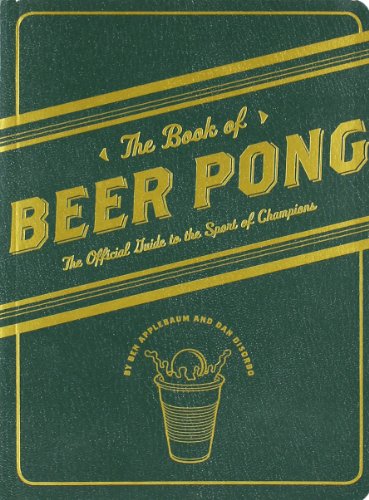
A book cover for The Book of Beer Pong: The Official Guide to the Sport of Champions; Dan DiSorbo; Humor & Entertainment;